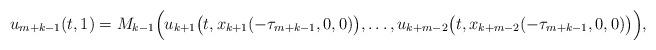
LaTeX: \begin{align*}u_{m+ k - 1}(t, 1) = M_{k-1} \Big(u_{k+ 1}\big(t, x_{k+1} (- \tau_{m + k - 1}, 0, 0) \big), \dots, u_{k+ m-2}\big(t, x_{k+ m - 2} (-\tau_{m + k -1}, 0, 0) \big) \Big),\end{align*}